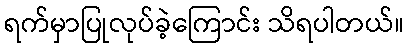
ရက်မှာပြုလုပ်ခဲ့ကြောင်း သိရပါတယ်။